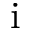
\mathrm { i }